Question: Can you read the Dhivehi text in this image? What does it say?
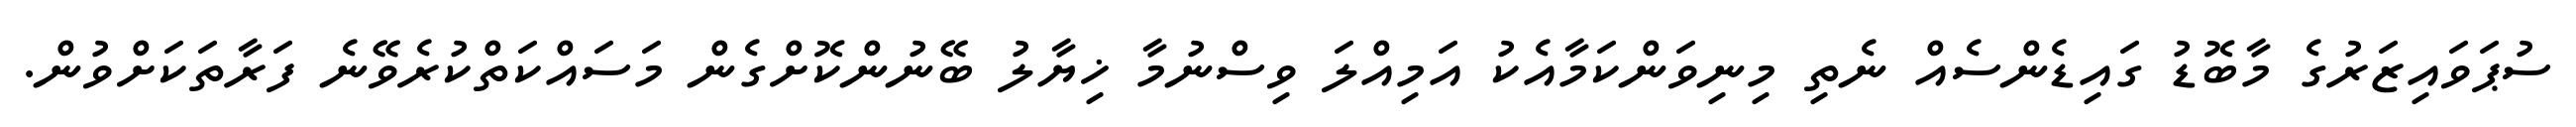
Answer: ސުޕަވައިޒަރުގެ މާބޮޑު ގައިޑެންސެއް ނެތި މިނިވަންކަމާއެކު އަމިއްލަ ވިސްނުމާ ޚިޔާލު ބޭނުންކޮށްގެން މަސައްކަތްކުރެވޭނެ ފަރާތަކަށްވުން.